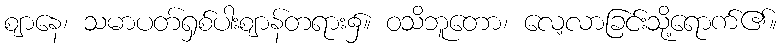
ဈာနေ၊ သမာပတ်ရှစ်ပါးဈာန်တရား၌။ ဝသိဘူတော၊ လေ့လာခြင်းသို့ရောက်၏။